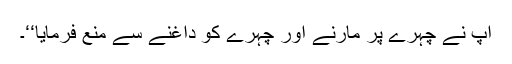
آپ نے چہرے پر مارنے اور چہرے کو داغنے سے منع فرمایا‘‘۔